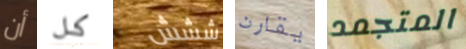
أن كل ششش يقارن المتجمد